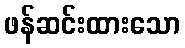
ဖန်ဆင်းထားသော